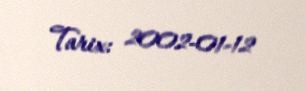
Tarix: 2002-01-12